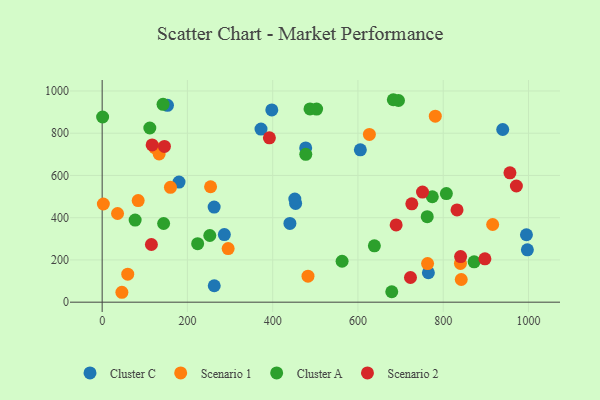
{"axis": {"x": "Price", "y": "Exam Score"}, "legend": ["Cluster A", "Cluster C", "Scenario 1", "Scenario 2"], "data": [{"x": "440.4", "y": 372.7, "type": "Cluster C"}, {"x": "153.2", "y": 932.0, "type": "Cluster C"}, {"x": "997.4", "y": 248.1, "type": "Cluster C"}, {"x": "765.2", "y": 139.3, "type": "Cluster C"}, {"x": "477.4", "y": 730.2, "type": "Cluster C"}, {"x": "180.3", "y": 568.8, "type": "Cluster C"}, {"x": "453.8", "y": 467.8, "type": "Cluster C"}, {"x": "397.9", "y": 910.4, "type": "Cluster C"}, {"x": "262.9", "y": 77.9, "type": "Cluster C"}, {"x": "262.7", "y": 450.4, "type": "Cluster C"}, {"x": "605.6", "y": 721.6, "type": "Cluster C"}, {"x": "939.6", "y": 817.6, "type": "Cluster C"}, {"x": "286.6", "y": 319.9, "type": "Cluster C"}, {"x": "995.2", "y": 319.2, "type": "Cluster C"}, {"x": "451.9", "y": 488.1, "type": "Cluster C"}, {"x": "372.6", "y": 819.6, "type": "Cluster C"}, {"x": "60.0", "y": 132.5, "type": "Scenario 1"}, {"x": "840.4", "y": 183.3, "type": "Scenario 1"}, {"x": "763.3", "y": 182.8, "type": "Scenario 1"}, {"x": "160.2", "y": 544.0, "type": "Scenario 1"}, {"x": "254.3", "y": 546.6, "type": "Scenario 1"}, {"x": "46.3", "y": 46.9, "type": "Scenario 1"}, {"x": "626.8", "y": 794.1, "type": "Scenario 1"}, {"x": "781.4", "y": 880.9, "type": "Scenario 1"}, {"x": "482.8", "y": 122.9, "type": "Scenario 1"}, {"x": "36.1", "y": 419.8, "type": "Scenario 1"}, {"x": "916.0", "y": 367.9, "type": "Scenario 1"}, {"x": "84.5", "y": 481.1, "type": "Scenario 1"}, {"x": "123.4", "y": 731.7, "type": "Scenario 1"}, {"x": "133.7", "y": 702.2, "type": "Scenario 1"}, {"x": "2.8", "y": 464.9, "type": "Scenario 1"}, {"x": "842.3", "y": 107.3, "type": "Scenario 1"}, {"x": "295.5", "y": 253.9, "type": "Scenario 1"}, {"x": "487.5", "y": 914.9, "type": "Cluster A"}, {"x": "111.8", "y": 824.7, "type": "Cluster A"}, {"x": "1.1", "y": 876.7, "type": "Cluster A"}, {"x": "142.8", "y": 936.7, "type": "Cluster A"}, {"x": "872.5", "y": 191.1, "type": "Cluster A"}, {"x": "562.8", "y": 193.9, "type": "Cluster A"}, {"x": "695.1", "y": 954.9, "type": "Cluster A"}, {"x": "144.2", "y": 372.6, "type": "Cluster A"}, {"x": "503.0", "y": 914.5, "type": "Cluster A"}, {"x": "77.4", "y": 388.8, "type": "Cluster A"}, {"x": "638.5", "y": 267.0, "type": "Cluster A"}, {"x": "762.5", "y": 404.9, "type": "Cluster A"}, {"x": "807.4", "y": 514.0, "type": "Cluster A"}, {"x": "682.9", "y": 958.6, "type": "Cluster A"}, {"x": "679.3", "y": 49.4, "type": "Cluster A"}, {"x": "477.6", "y": 699.9, "type": "Cluster A"}, {"x": "774.4", "y": 499.2, "type": "Cluster A"}, {"x": "224.0", "y": 277.1, "type": "Cluster A"}, {"x": "252.5", "y": 315.7, "type": "Cluster A"}, {"x": "117.2", "y": 744.5, "type": "Scenario 2"}, {"x": "840.8", "y": 215.7, "type": "Scenario 2"}, {"x": "897.8", "y": 205.5, "type": "Scenario 2"}, {"x": "392.3", "y": 778.0, "type": "Scenario 2"}, {"x": "726.3", "y": 465.5, "type": "Scenario 2"}, {"x": "723.2", "y": 116.9, "type": "Scenario 2"}, {"x": "832.4", "y": 436.9, "type": "Scenario 2"}, {"x": "956.5", "y": 612.4, "type": "Scenario 2"}, {"x": "751.4", "y": 521.5, "type": "Scenario 2"}, {"x": "689.6", "y": 365.8, "type": "Scenario 2"}, {"x": "115.5", "y": 273.0, "type": "Scenario 2"}, {"x": "971.6", "y": 550.1, "type": "Scenario 2"}, {"x": "146.1", "y": 737.3, "type": "Scenario 2"}]}